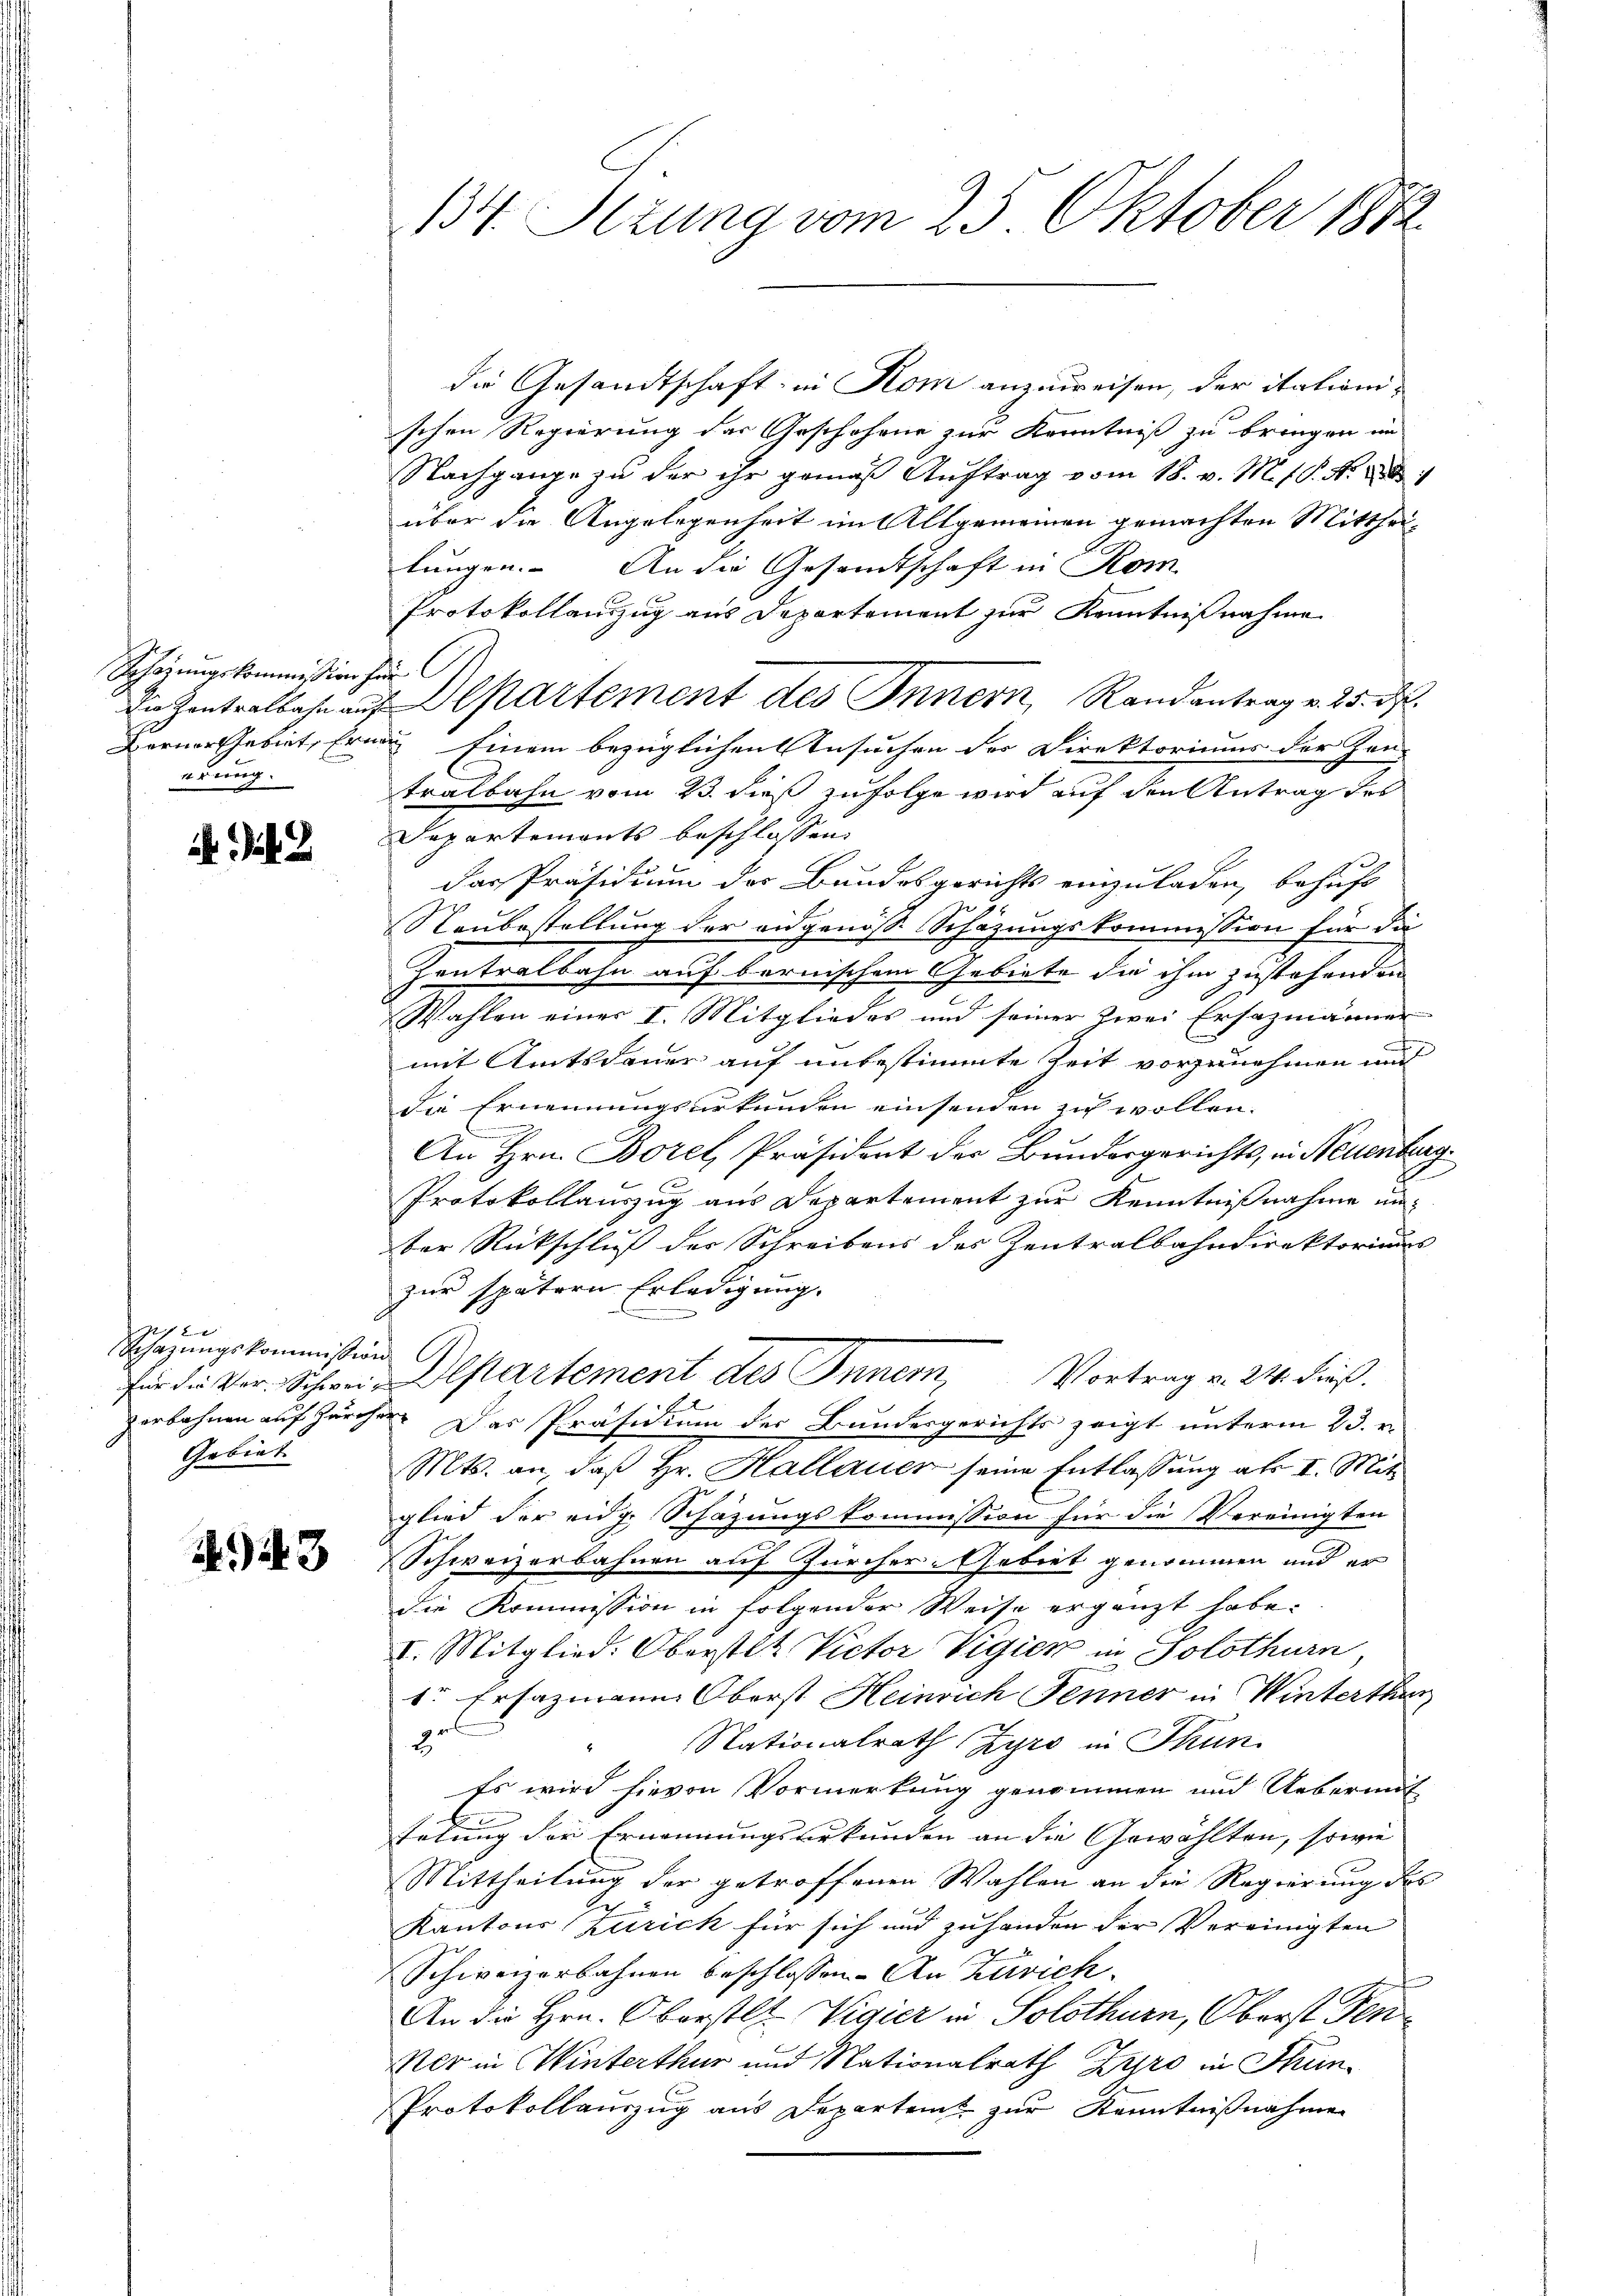
Scheungskommission für
erung.

d
Schazungskommissions C
Gebiet

) 3

die Gesandtschaft in Rom anzuweisen, der itationischen Regierung des Geschehene zur Kenntniß zu bringen im
Nachgange zu der ihr gemäß Auftrag vom 18. v. M. 18. N. 28
über die Angelegenheit im Allgemeinen gemachten Mittheilungen. An die Gesamtschaft in Kom
Protokollanzug aus Departement zur Kenntnißnahme
Dr Zentralbahn auf Departement des Innern Randantrag v. 25. d.
Berner Gebiet, Ernen Einem bezüglichen Ansuchen des Direktoriums der Zen-
tralbahn vom 23. dieß zufolge wird auf den Antrag des
Departemonts beschlossen:
Das Präsidium der Bundesgerichts einzuladen, behuf
Naubestellung der eidgenöß Schäzungskommission für die
Zentralbahn auf bernischem Gebiete die ihm zustehenden
Wahlen einer I. Mitgliedes und seiner zwei Ersazmänner
mit Amtsdauer auf unbestimmte Zeit vorzunehmen und
die Ernennungsurkunden einsenden zu wollen.
An Hrn. Borel, Präsidert der Bundesgerichts, in Neuenburg
1
Protokollauszug aus Departement zur Kenntnißnahme under Rückschluss der Schreibens des Zentralbahndirektoriums
zur spätern Erledigung. |
für die Ver- Schwein Departement des Innern, Vortrag v. 24. dieß.
zerbahnen auf Zürcher. Das Präsidium der Bundesgerichts zeigt unterm 23. v.
Mts. an, daß Hr. Hallauer seine Entlassung als I. Mit
glied der eidg. Schazungskommission für die Vereinigten
Schweizerbahnen auf Zürcher-Gebiet genommen und er
die Kommission in folgender Weise ergänzt habe.
I. Mitglied: Oberstet. Victor Vigien in Solothurn,
1. Ersazmann Oberst Heinrich Fenner in Winterthur
Nationalrath Zyro in Thun
2
Es wird hievon Vormerkung genommen und Uebermit
s
tetung der Ernennungsurkunden an die Gewählten, sowie
Mittheilung der getroffenen Wahlen an die Regierung des
2
Kantons Zürich für sich und zuhanden der Vereinigten
Schweizerbahnen beschlossen. An Zürich.
An die Hrn. Oberstl. Vigier in Solothurn, Oberst Fen¬
Ner in Winterthur und Nationalrath Zuro in Thun¬
Protokollauszug aus Departeit zur Kenntnißnahmen

134. Sizung vom 25. Oktober 1882